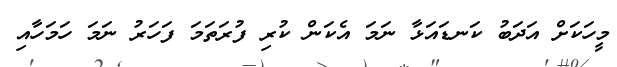
މީހަކަށް އަދަބު ކަނޑައަޅާ ނަމަ އެކަން ކުރި ފުރަތަމަ ފަހަރު ނަމަ ހަމަހާއި